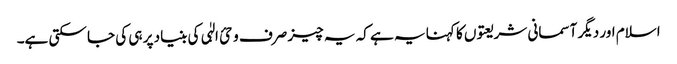
اسلام اور دیگر آسمانی شریعتوں کا کہنا یہ ہے کہ یہ چیز صرف وحئ الہٰی کی بنیاد پر ہی کی جا سکتی ہے۔